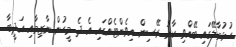
ހުޅުމާލޭގައި ބޭއްވި ކާރު ރޭސިން އިވެންޓެއްގައި އެ ދެ މީހުން ނާޒިމާއި އަދީބާ